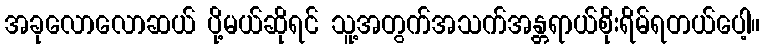
အခုလောလောဆယ် ပို့မယ်ဆိုရင် သူ့အတွက်အသက်အန္တရာယ်စိုးရိမ်ရတယ်ပေါ့။